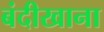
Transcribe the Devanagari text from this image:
बंदीखाना